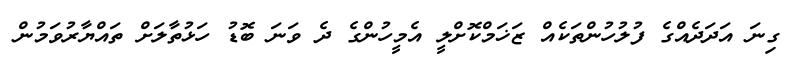
ގިނަ އަދަދެއްގެ ފުލުހުންތަކެއް ޒަޚަމްކޮށްލީ އެމީހުންގެ ދެ ވަނަ ބޮޑު ހަޅުތާލަށް ތައްޔާރުވަމުން